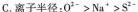
C.离子半径：O^{2-}>Na^{+}>S^{2-}